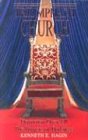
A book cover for The Triumphant Church: Dominion Over All the Powers of Darkness; Kenneth E. Hagin; Christian Books & Bibles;